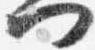
門